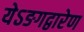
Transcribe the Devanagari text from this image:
येऽङगद्वारेण